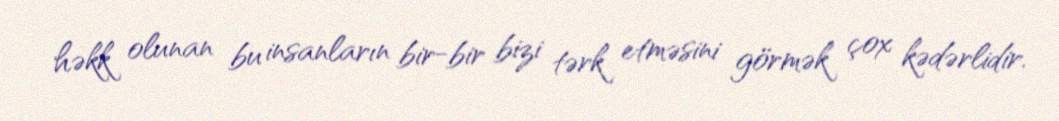
həkk olunan bu insanların bir-bir bizi tərk etməsini görmək çox kədərlidir.